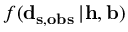
f ( \mathbf { d } _ { \mathbf { s } , \mathbf { o b s } } \left| \mathbf { h } , \mathbf { b } \right)